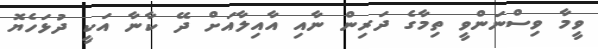
ވީމާ ވިސްނަންވީ ތިމާގެ ދަރިން ނާއި އާއިލާއަށް ދޭ ކާނާ އަކީ ދުޅަހެޔޮ